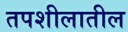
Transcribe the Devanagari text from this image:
तपशीलातील